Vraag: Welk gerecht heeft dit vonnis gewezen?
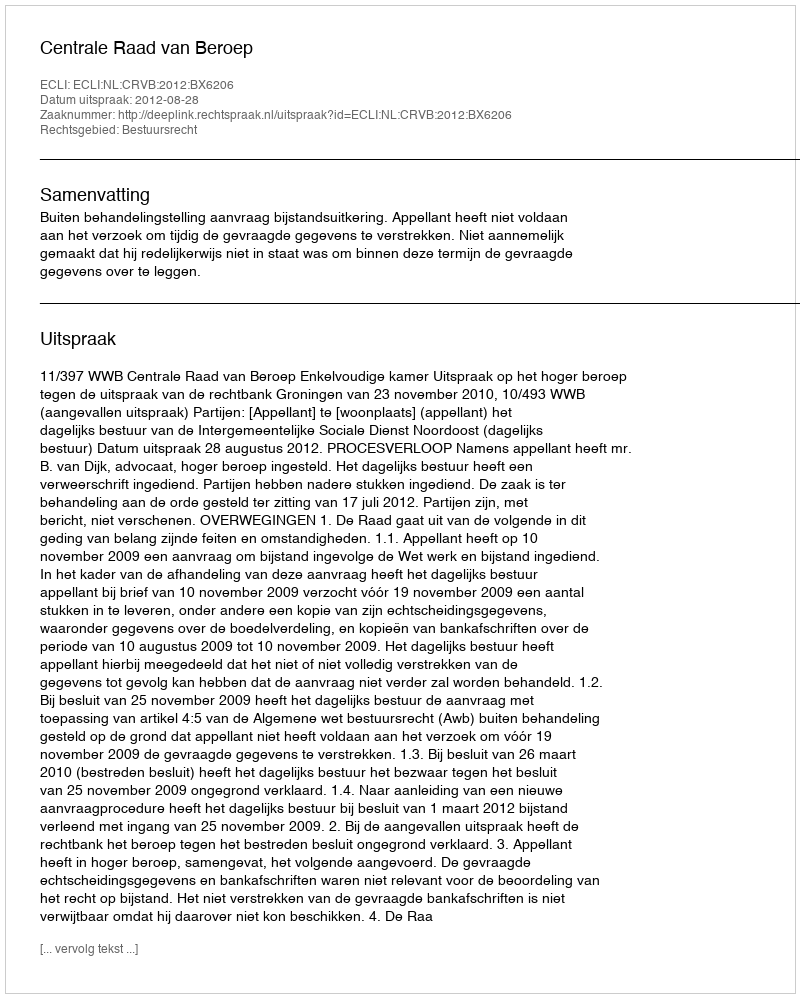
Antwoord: Centrale Raad van Beroep